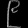
Digit: ၉